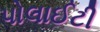
પોલાઈટી